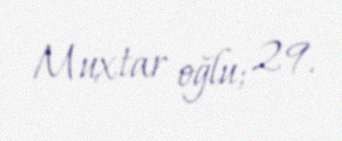
Muxtar oğlu; 29.